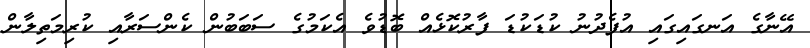
އޭނާގެ އަނގައިގައި އުފެދުނު ކުޑަކުޑަ ފާރުކޮޅެއް ބޮޑުވެ އެކަމުގެ ސަބަބުން ކެންސަރާއި ކުރިމަތިލާން